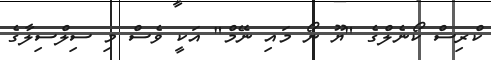
ކްރިސް ކޯނެލްގެ "ޔޫ ނޯ މައި ނޭމް" އަކީ ވެސް މި ސިލްސިލާގެ